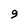
Character: 9